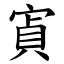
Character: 寊